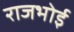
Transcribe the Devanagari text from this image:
राजभोई